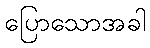
ပြောသောအခါ